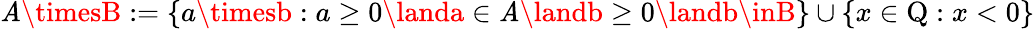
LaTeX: \mathit{A}\timesB:=\{ a\timesb:a\geq0\landa\in\mathit{A}\landb\geq0\landb\inB\} \cup\{ x\in\mathrm{{Q}}:x<0\}